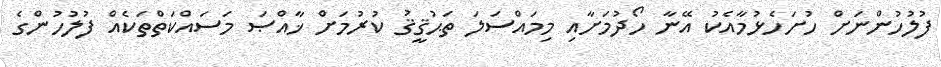
ފުލުހުންނަށް ހުށަހެޅުމާއެކު އޭނާ ހޯދުމަށާއި މިމައްސަލަ ތަޙުޤީޤު ކުރުމަށް ޚާއްޞަ މަސައްކަތްތަކެއް ފުލުހުންގެ